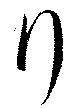
行